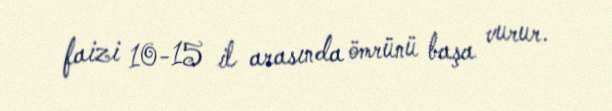
faizi 10-15 il arasında ömrünü başa vurur.